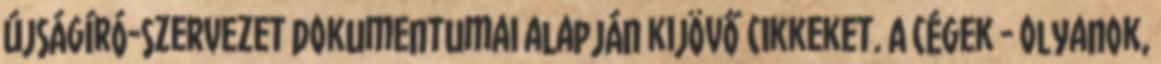
újságíró-szervezet dokumentumai alapján kijövő cikkeket. A cégek - olyanok,